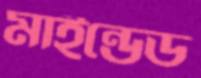
মাইন্ডেড